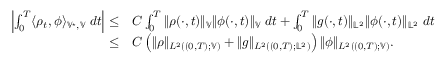
\begin{array} { r l } { \left| \int _ { 0 } ^ { T } \langle \rho _ { t } , \phi \rangle _ { \mathbb V ^ { \star } , \mathbb V } \; d t \right| \leq } & { C \int _ { 0 } ^ { T } \| \rho ( \cdot , t ) \| _ { \mathbb V } \| \phi ( \cdot , t ) \| _ { \mathbb V } \; d t + \int _ { 0 } ^ { T } \| g ( \cdot , t ) \| _ { \mathbb L ^ { 2 } } \| \phi ( \cdot , t ) \| _ { \mathbb L ^ { 2 } } \; d t } \\ { \leq } & { C \left( \| \rho \| _ { L ^ { 2 } ( ( 0 , T ) ; \mathbb V ) } + \| g \| _ { L ^ { 2 } ( ( 0 , T ) ; \mathbb L ^ { 2 } ) } \right) \| \phi \| _ { L ^ { 2 } ( ( 0 , T ) ; \mathbb V ) } . } \end{array}